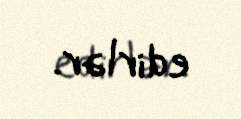
edirlər.